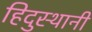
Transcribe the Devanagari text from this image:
हिदुस्थानी